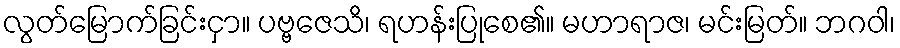
လွတ်မြောက်ခြင်းငှာ။ ပဗ္ဗဇေသိ၊ ရဟန်းပြုစေ၏။ မဟာရာဇ၊ မင်းမြတ်။ ဘဂဝါ၊